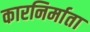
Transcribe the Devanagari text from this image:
कारनिर्माता